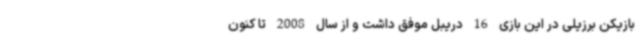
بازیکن برزیلی در این بازی 16 دریبل موفق داشت و از سال 2008 تا کنون